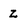
Character: z